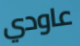
عاودي